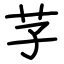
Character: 芓